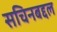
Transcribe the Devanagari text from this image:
सचिनबद्दल